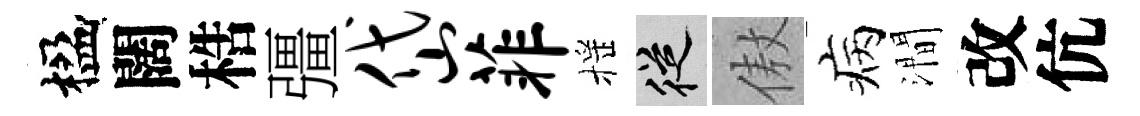
楹闊梏彊岱菲摇從傲病澗改伉